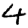
Digit: 4